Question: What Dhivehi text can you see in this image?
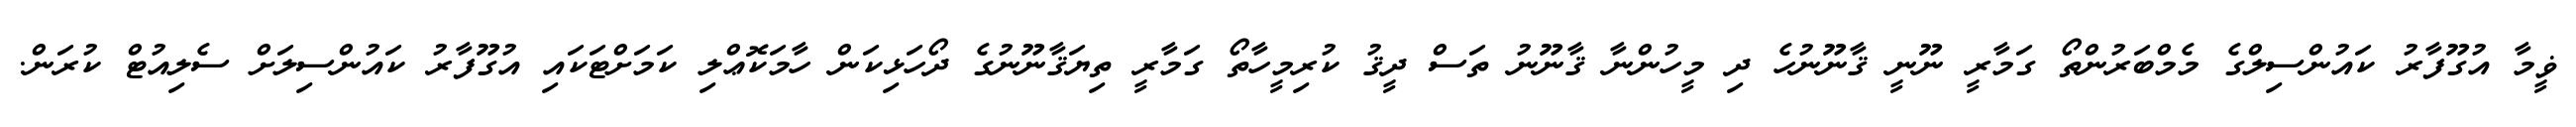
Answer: ޥީމާ އުގޫފާރު ކައުންސިލްގެ މެމްބަރުންތޯ ގަމާރީ ނޫނީ ޤާނޫނުހެ ދި މީހުންނާ ޤާނޫނު ތަސް ދީޤު ކުރިމީހާތޯ ގަމާރީ ތިޔަޤާނޫނުގެ ދޯހަޅިކަން ހާމަކޮޢްލި ކަމަށްޓަކައި އުގޫފާރު ކައުންސިލަށް ސެލިއުޓް ކުރަން.